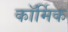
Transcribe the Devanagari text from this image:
कॉर्मिक